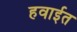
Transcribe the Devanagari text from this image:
हवाईत